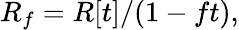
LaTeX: R_{f}=R[t]/(1-ft),